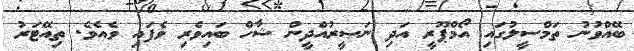
ބޭއްވުނު ތަމްސީލުގައި އޯމްޕޫރީ އަދި ނަޞީރުއްދީން ޝާހް ބައިވެރި ވެފައި ވެއެވެ. ތިއޭޓަރު